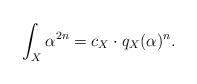
LaTeX: \begin{align*} \int_X \alpha^{2n}=c_X\cdot q_X(\alpha)^n. \end{align*}